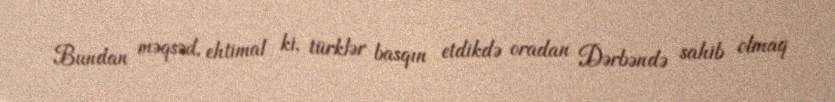
Bundan məqsəd, ehtimal ki, türklər basqın etdikdə oradan Dərbəndə sahib olmaq